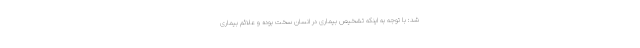
شد: با توجه به اینکه تشخیص بیماری در انسان سخت بوده و علائم بیماری